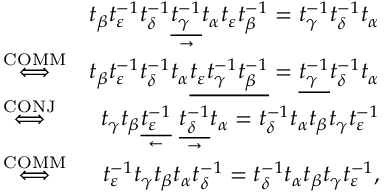
\begin{array} { r l r } & { } & { t _ { \beta } t _ { \varepsilon } ^ { - 1 } t _ { \delta } ^ { - 1 } \underset { \rightarrow } { \underline { { t _ { \gamma } ^ { - 1 } } } } t _ { \alpha } t _ { \varepsilon } t _ { \beta } ^ { - 1 } = t _ { \gamma } ^ { - 1 } t _ { \delta } ^ { - 1 } t _ { \alpha } } \\ & { \stackrel { \mathrm { C O M M } } { \Longleftrightarrow } } & { t _ { \beta } t _ { \varepsilon } ^ { - 1 } t _ { \delta } ^ { - 1 } t _ { \alpha } \underline { { t _ { \varepsilon } t _ { \gamma } ^ { - 1 } t _ { \beta } ^ { - 1 } } } = \underline { { t _ { \gamma } ^ { - 1 } } } t _ { \delta } ^ { - 1 } t _ { \alpha } } \\ & { \stackrel { \mathrm { C O N J } } { \Longleftrightarrow } } & { t _ { \gamma } t _ { \beta } \underset { \leftarrow } { \underline { { t _ { \varepsilon } ^ { - 1 } } } } \ \underset { \rightarrow } { \underline { { t _ { \delta } ^ { - 1 } } } } t _ { \alpha } = t _ { \delta } ^ { - 1 } t _ { \alpha } t _ { \beta } t _ { \gamma } t _ { \varepsilon } ^ { - 1 } } \\ & { \stackrel { \mathrm { C O M M } } { \Longleftrightarrow } } & { t _ { \varepsilon } ^ { - 1 } t _ { \gamma } t _ { \beta } t _ { \alpha } t _ { \delta } ^ { - 1 } = t _ { \delta } ^ { - 1 } t _ { \alpha } t _ { \beta } t _ { \gamma } t _ { \varepsilon } ^ { - 1 } , } \end{array}